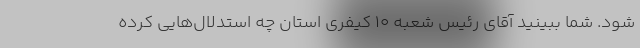
شود. شما ببینید آقای رئیس شعبه ۱۰ کیفری استان چه استدلال‌هایی کرده